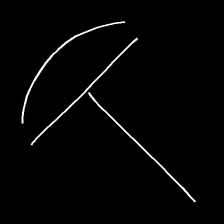
Glyph: dispersion